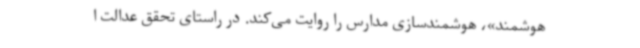
هوشمند»، هوشمندسازی مدارس را روایت می‌کند. در راستای تحقق عدالت ا